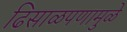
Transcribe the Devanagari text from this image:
ढिसाळपणामुळे